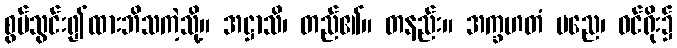
စွပ်သွင်း၍ထားဘိသကဲ့သို့။ အဋ္ဌာသိ၊ တည်၏။ တနည်း။ အက္ခဟတံ မညေ၊ ဝင်ရိုး၌